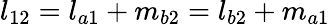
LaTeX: l_{12}=l_{a1}+m_{b2}=l_{b2}+m_{a1}